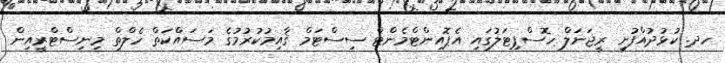
ހދ. ކުޅުދުއްފުށީ ރީޖަނަލް ހޮސްޕިޓަލުގައި އެޕޮއިންޓްމެންޓް ސިސްޓަމް ޤާއިމުކުރުމުގެ މަސައްކަތް ހެލްތް މިނިސްޓްރީއިން